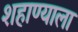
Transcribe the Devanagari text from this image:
शहाण्याला